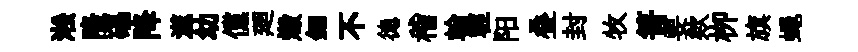
淞隆礧降澨幼儻廻燬鈿不徳稽翰輕阳叠封牧箐要欸栁旗蠅